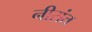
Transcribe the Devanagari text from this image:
नीरांत